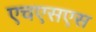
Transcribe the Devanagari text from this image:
एचएसएस